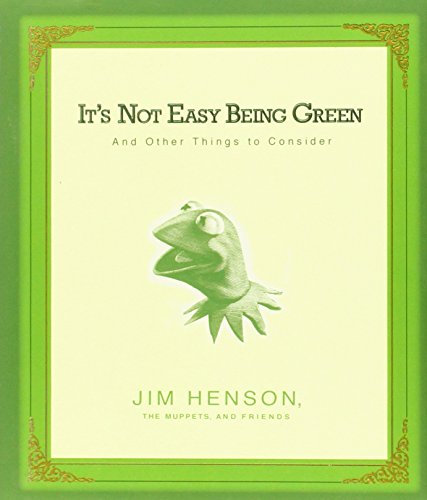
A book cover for It's Not Easy Being Green: And Other Things to Consider; Jim Henson; Reference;